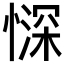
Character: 𱟃